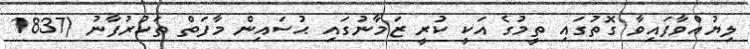
ލިޔުއްވާފައިވާ ގޮތުގައި ތީމުގެ އަކީ ކުރީ ޒަމާނުގައި ޙުސައިން މާފަތް ތަކުރުފާނު (1837